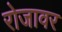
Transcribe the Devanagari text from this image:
रोजावर